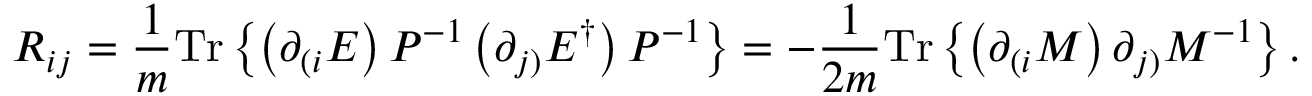
{ \cal R } _ { i j } = \frac { 1 } { m } \mathrm { T r } \left\{ \left( \partial _ { ( i } { \cal E } \right) { \cal P } ^ { - 1 } \left( \partial _ { j ) } { \cal E } ^ { \dagger } \right) { \cal P } ^ { - 1 } \right\} = - \frac { 1 } { 2 m } \mathrm { T r } \left\{ \left( \partial _ { ( i } { \cal M } \right) \partial _ { j ) } { \cal M } ^ { - 1 } \right\} .